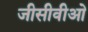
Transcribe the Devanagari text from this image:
जीसीवीओ